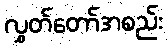
လွှတ်တော်အစည်း